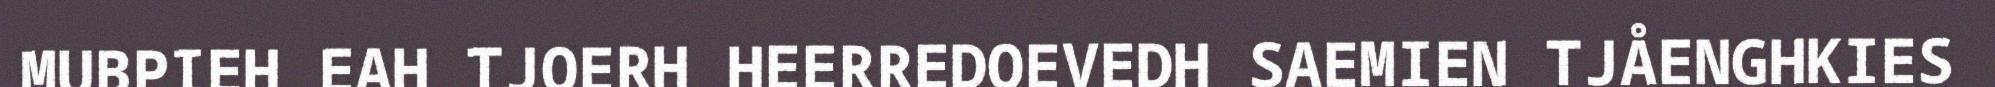
MUBPIEH EAH TJOERH HEERREDOEVEDH SAEMIEN TJÅENGHKIES